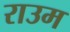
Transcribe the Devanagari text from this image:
राउम